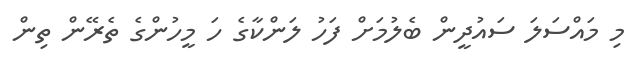
މި މަައްސަލަ ސައުދީން ބެލުމަށް ފަހު ލަންކާގެ ހަ މީހުންގެ ތެރޭން ތިން